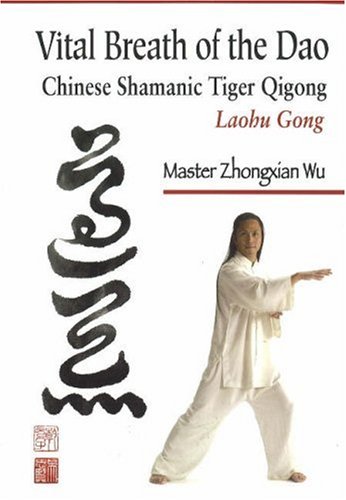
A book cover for Vital Breath of the Dao: Chinese Shamanic Tiger Qigong; Zhongxian Wu; Religion & Spirituality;